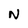
Character: N